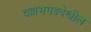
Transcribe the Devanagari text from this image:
वल्लभगडदेखील